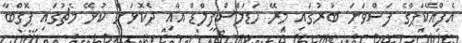
އެފްއޭކަޕްގެ ފަސްވަނަ ބުރުގައި މިރޭ ހަޑަލްސްފީލްޑް އާއި ދެކޮޅަށް ކުޅޭ މެޗުގައި ޕޮގްބާ